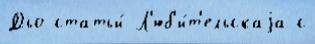
Дьо статьи́ Л'юб'и́т'ельскаjа с